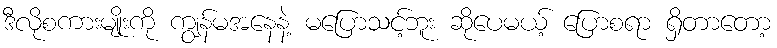
ဒီလိုစကားမျိုးကို ကျွန်မအနေနဲ့ မပြောသင့်ဘူး ဆိုပေမယ့် ပြောစရာ ရှိတာတော့